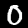
Digit: 0